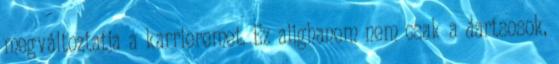
megváltoztatja a karrieremet. Ez alighanem nem csak a dartsosok,